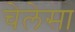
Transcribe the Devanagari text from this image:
चेलेसा